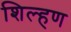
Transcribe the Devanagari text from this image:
शिल्हण